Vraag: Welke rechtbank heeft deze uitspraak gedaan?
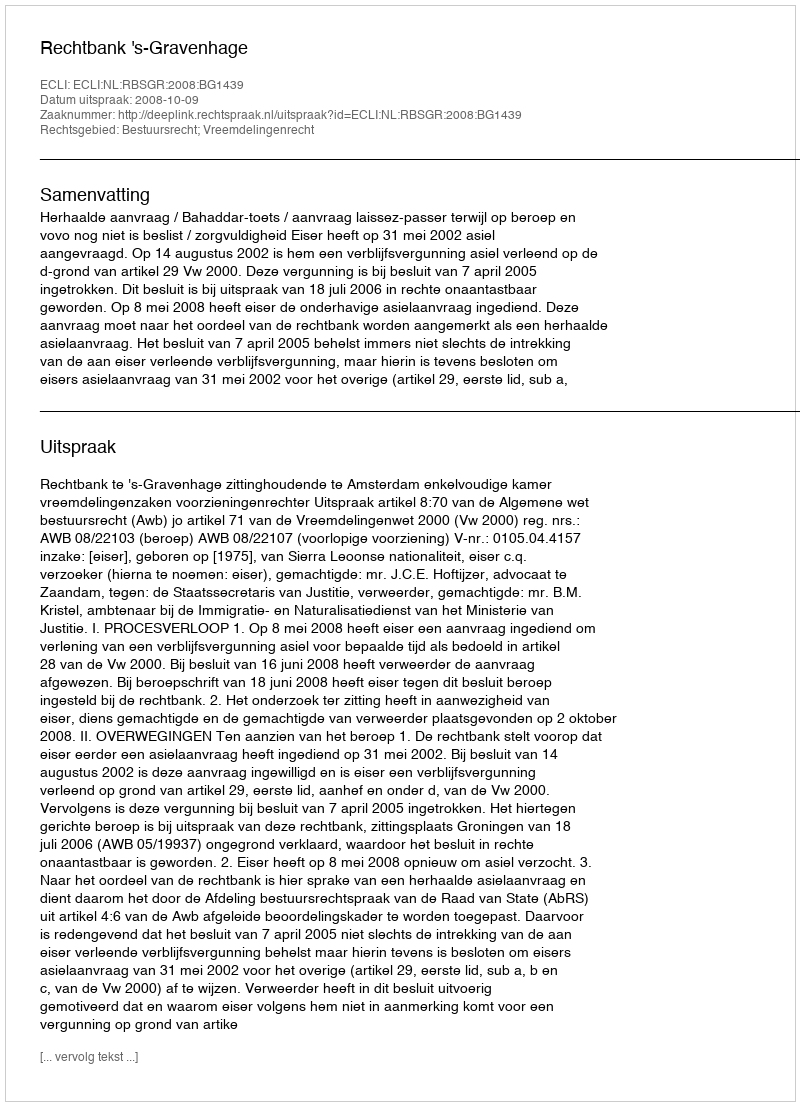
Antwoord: Rechtbank 's-Gravenhage